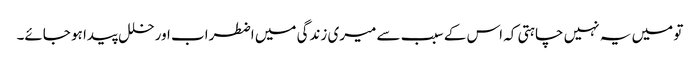
تو میں یہ نہیں چاہتی کہ اس کے سبب سے میری زندگی میں اضطراب اور خلل پیدا ہو جائے۔